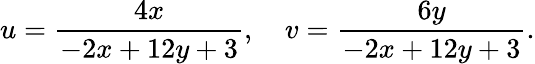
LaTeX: u={\frac{4x}{-2x+12y+3}},\quad v={\frac{6y}{-2x+12y+3}}.